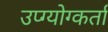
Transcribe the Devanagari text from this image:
उप्ग्योग्कर्ता